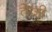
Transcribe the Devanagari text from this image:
तेेजी